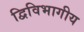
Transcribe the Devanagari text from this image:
द्विविभागीय